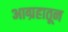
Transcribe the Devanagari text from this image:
आग्रहातून